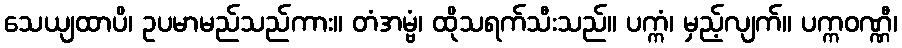
သေယျထာပိ၊ ဥပမာမည်သည်ကား။ တံအမ္ဗံ၊ ထိုသရက်သီးသည်။ ပက္ကံ၊ မှည့်လျက်။ ပက္ကဝဏ္ဏီ၊